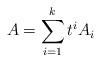
LaTeX: \begin{align*}A = \sum_{i=1}^k t^iA_i\end{align*}